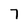
Character: 7